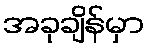
အခုချိန်မှာ